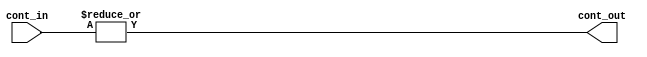
module controlador (
    input wire [WORD_SIZE-1:0] cont_in,
    output wire cont_out
);

	parameter BUS_SIZE=16;
	parameter WORD_SIZE=5; 
	parameter WORD_NUM=BUS_SIZE/WORD_SIZE;

	assign cont_out = |cont_in[WORD_SIZE-1:0];

endmodule